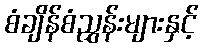
စံချိန်စံညွှန်းများနှင့်